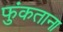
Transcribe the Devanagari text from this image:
फुंकताना